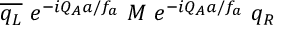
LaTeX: \overline { { { q _ { L } } } } ~ e ^ { - i Q _ { A } a / f _ { a } } ~ M ~ e ^ { - i Q _ { A } a / f _ { a } } ~ q _ { R }